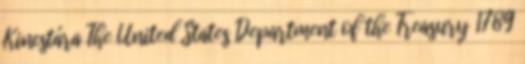
Kincstára The United States Department of the Treasury 1789